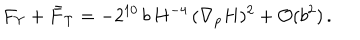
F _ { \Upsilon } + \bar { F } _ { \Upsilon } = - 2 ^ { 1 0 } \, b \, H ^ { - 4 } \, ( \nabla _ { p } H ) ^ { 2 } + { \cal O } ( b ^ { 2 } ) \, .